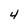
Character: 4